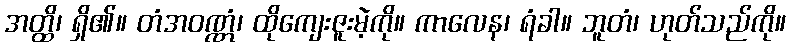
အတ္ထိ၊ ရှိ၏။ တံအဝဏ္ဏံ၊ ထိုကျေးဇူးမဲ့ကို။ ကာလေန၊ ရံခါ။ ဘူတံ၊ ဟုတ်သည်ကို။